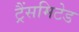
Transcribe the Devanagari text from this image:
ट्रैंसमिटेड